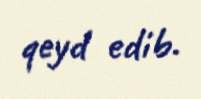
qeyd edib.